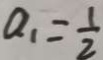
a _ { 1 } = \frac { 1 } { 2 }